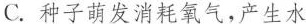
C.种子萌发消耗氧气，产生水